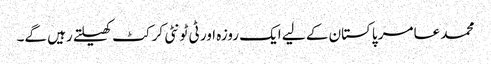
محمد عامر پاکستان کے لیے ایک روزہ اور ٹی ٹونٹی کرکٹ کھیلتے رہیں گے۔